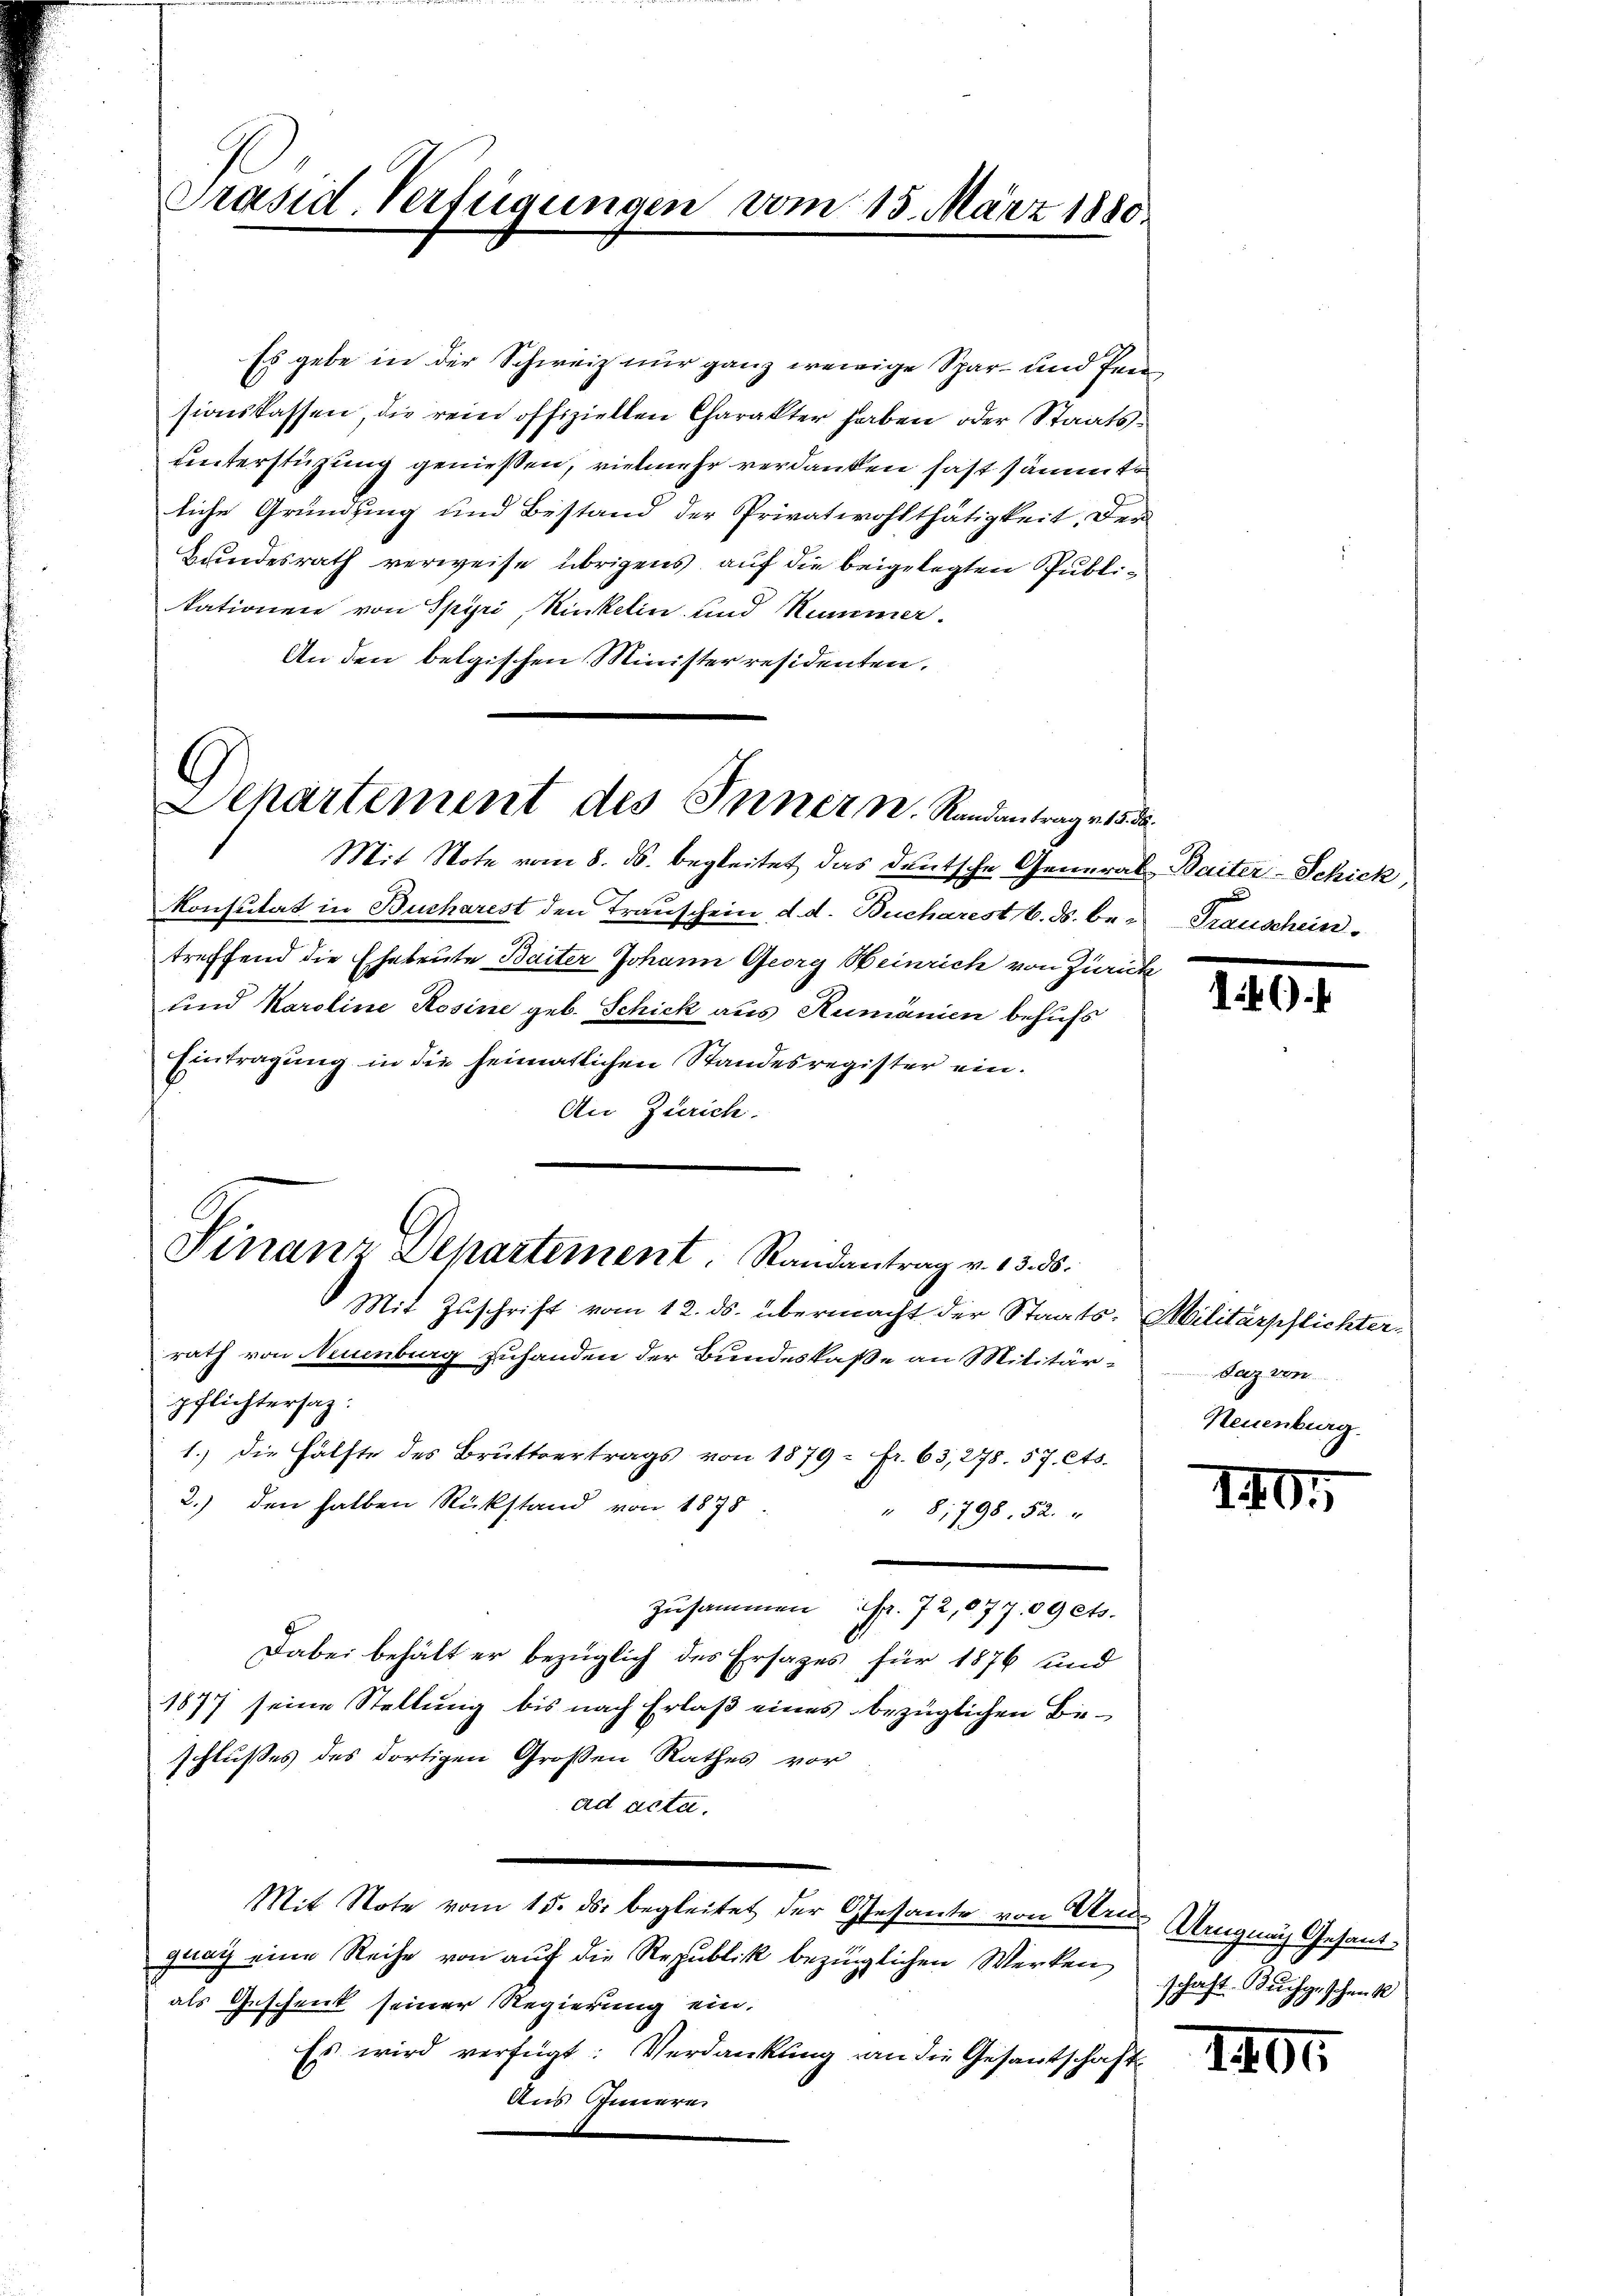
Es gebe in der Schweiz nur ganz wenige Spar- und Pensionskassen, die rein offiziellen Charakter haben oder Staatsunterstüzung genießen, vielmehr verdanken fast sammte
liche Gründung und Bestand der Privatwohlthätigkeit. Der
Bundesrath verweise übrigens, auf die beigelegten Publikationen von Spyri, Kinkelin und Nummer.
An den belgischen Ministerresidenten.

Präsid. Verfügungen vom 15. März 1880

Dehartement des Innern. Randantrag v. 15. d

Finanz Departement. Randantrag v. 13. ds.
Mit Zuschrift vom 12. ds. übermacht der Staats-Militärpflichter-

Mit Note vom 8. ds. begleitet das deutsche General-Baiter-Schick,
Konsutat in Bucharest den Transchein, d. d. Bucharest 6. ds. be- Trauscheintreffend die Eheleute Baiter Johann Georg Heinrich von Zürich
und Karoline Rosine geb. Schick aus Rumänien behufs
Eintragung in die heimatlichen Standesregister ein¬
An Zürich.

rath von Neuenburg zuhanden der Bundeskaße an Militärpflichtersaz:
1.) Die Hälfte des Brŭttvertrags von 1879 = Fr. 63, 278. 57. Cts.
2.) den halben Rükstand von 1875.
" 8,798. 52.
zusammen fr. 72,077. 09 ets.
Dabei behält er bezüglich des Ersages für 1876 und
1877 seine Stellung bis nach Erlaß eines bezüglichen Beschlußes des dortigen Großen Rathes vor
ad acta.
Mit Note vom 15. ds. begleitet der Gesante von Arn Ungnach Gesandgrag eine Reihe von aŭf die Republik bezüglichen Werken schaft. Buchgeschenk
als Geschenk seiner Regierung ein.
Es wird verfügt: Verdankung an die Gesantschaft
Aus Innern

)

Daz von
Neuenburg.

140.

1404